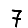
Digit: 7